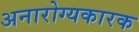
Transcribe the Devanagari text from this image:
अनारोग्यकारक